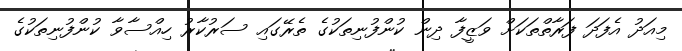
މިއަދު އެފަދަ ފަރާތްތަކަށް ވަޒީފާ ދިން ކުންފުނިތަކުގެ ތެރޭގައި ސަރުކާރު ހިއްސާވާ ކުންފުނިތަކުގެ